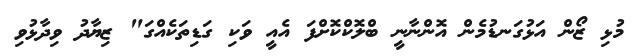
މުޅި ޒޯން އަޅުގަނޑުމެން އޮންނާނީ ބްލޮކްކޮށްފަ އެއީ ވަކި ގަޑިތަކެއްގަ" ޒިޔާދު ވިދާޅުވި